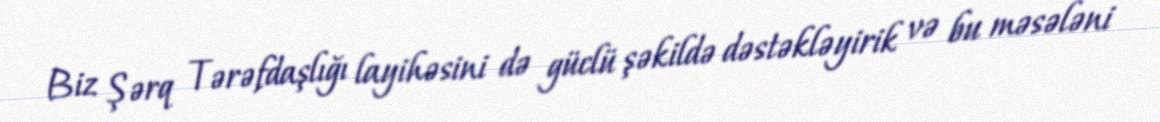
Biz Şərq Tərəfdaşlığı layihəsini də güclü şəkildə dəstəkləyirik və bu məsələni